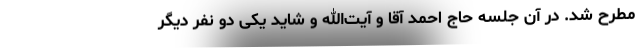
مطرح شد. در آن جلسه حاج احمد آقا و آیت‌الله و شاید یکی دو نفر دیگر